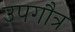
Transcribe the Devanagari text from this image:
उपगौत्र